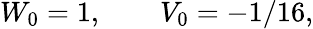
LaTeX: W_{0}=1,\qquad V_{0}=-1/16,